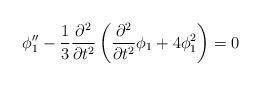
LaTeX: \begin{align*}\phi_1''-\frac{1}{3}\frac{\partial^2}{\partial t^2} \left( \frac{\partial^2}{\partial t^2}{\phi}_1 +4\phi_1^2\right) =0\end{align*}